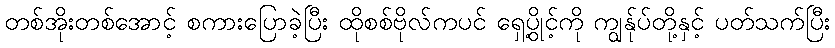
တစ်အိုးတစ်အောင့် စကားပြောခဲ့ပြီး ထိုစစ်ဗိုလ်ကပင် ရှေ့ပွိုင့်ကို ကျွန်ုပ်တို့နှင့် ပတ်သက်ပြီး